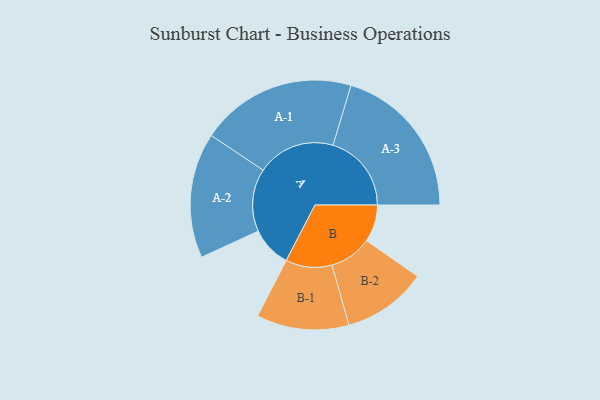
{"axis": {"x": "Segment", "y": "Value"}, "legend": ["", "A", "B"], "data": [{"x": "A", "y": 121, "type": ""}, {"x": "B", "y": 111, "type": ""}, {"x": "A-1", "y": 233, "type": "A"}, {"x": "A-2", "y": 187, "type": "A"}, {"x": "A-3", "y": 234, "type": "A"}, {"x": "B-1", "y": 138, "type": "B"}, {"x": "B-2", "y": 126, "type": "B"}]}